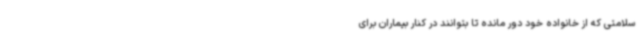
سلامتی که از خانواده خود دور مانده تا بتوانند در کنار بیماران برای